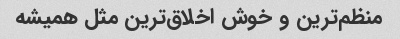
منظم‌ترین و خوش اخلاق‌ترین مثل همیشه